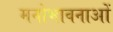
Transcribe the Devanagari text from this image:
मनोभावनाआें